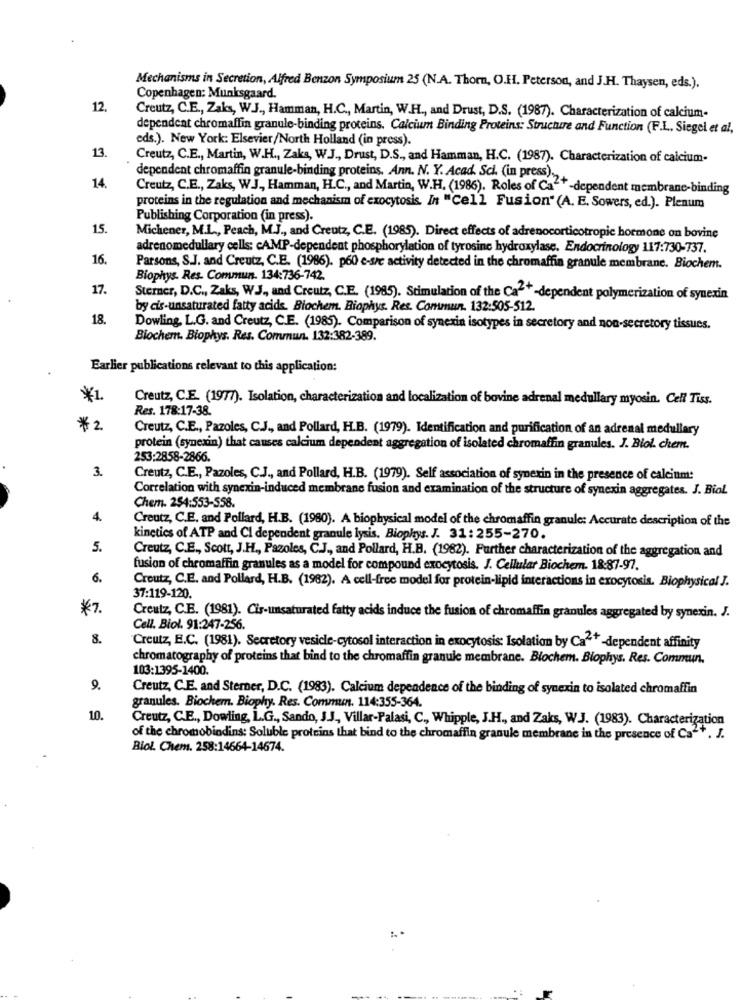
Mechanisms in Secretion, Alfred Benzon Symposium 25 (N.A. Thorn, O.H. Peterson, and J.H. Thaysen, eds.).
Copenhagen: Munksgaard.
12
Creutz, C.E ., Zaks, W.J ., Hamman, H.C ., Martin, W.H ., and Drust, D.S. (1987). Characterization of calcium-
dependent chromaffin granule-binding proteins. Calcium Binding Proteins: Structure and Function (F.L. Siegel et al,
eds.). New York: Elsevier/North Holland (in press).
13
Creutz, C.E ., Martin, W.H ., Zaks, W.J ., Drust, D.S ., and Hamman, H.C. (1987). Characterization of calcium-
dependent chromaffin granule-binding proteins, Ann. N. Y. Acad. Sci. (in press).
14.
Creutz, C.E ., Zaks, W.J ., Hamman, H.C ., and Martin, W.H. (1986). Roles of Ca"+-dependent membrane-binding
proteins in the regulation and mechanism of exocytosis. In "Cell Fusion" (A. E. Sowers, ed.). Plenum
Publishing Corporation (in press).
15.
Michener, M.L ., Peach, M.J ., and Creutz, C.E. (1985). Direct effects of adrenocorticotropic hormone on bovine
adrenomedullary cells: cAMP-dependent phosphorylation of tyrosine hydroxylase. Endocrinology 117:730-737.
16.
Parsons, S.J. and Creutz, C.E. (1986). p60 e-sre activity detected in the chromaffin granule membrane. Biochem.
Biophys. Res. Commun. 134:736-742.
17.
Sterner, D.C ., Zaks, WJ ., and Creutz, C.E. (1985). Stimulation of the Ca"+-dependent polymerization of synexin
by cis-unsaturated fatty acids. Biochem. Biophys. Res. Commun. 132:505-512.
18.
Dowling, L.G. and Creutz, C.E. (1985). Comparison of synexin isotypes in secretory and non-secretory tissues.
Biochem. Biophys. Res. Commun. 132:382-389.
Earlier publications relevant to this application:
¥1
Creutz, C.E. (1977). Isolation, characterization and localization of bovine adrenal medullary myosin. Cell Tiss.
Res. 178:17-38.
*2
Creutz, C.E ., Pazoles, C.J ., and Pollard, H.B. (1979). Identification and purification of an adrenal medullary
protein (synexin) that causes calcium dependent aggregation of isolated chromaffin granules. J. Biol. chem.
253:2858-2866.
3.
Creutz, C.E ., Pazoles, C.J ., and Pollard, H.B. (1979). Self association of synexin in the presence of calcium:
Correlation with synexin-induced membrane fusion and examination of the structure of synexin aggregates. J. Biol
Chem. 254:553-558.
4.
Creutz, C.E. and Pollard, H.B. (1980). A biophysical model of the chromaffin granule: Accurate description of the
kinetics of ATP and Cl dependent granule lysis. Biophys. J. 31:255-270.
5.
Creutz, C.E ., Scott, J.H ., Pazoles, C.J ., and Pollard, H.B. (1982). Further characterization of the aggregation and
fusion of chromaffin granules as a model for compound exocytosis. J. Cellular Biochem. 18:87-97.
6.
Creutz, C.E. and Pollard, H.B. (1982). A cell-free model for protein-lipid interactions in exocytosis. Biophysical J.
37:119-120.
*7.
Creutz, C.E. (1981). Cis-unsaturated fatty acids induce the fusion of chromaffin granules aggregated by synerin. J.
Cell. Biol. 91:247-256.
8.
Creutz, E.C. (1981). Secretory vesicle-cytosol interaction in exocytosis: Isolation by Ca"+ -dependent affinity
chromatography of proteins that bind to the chromaffin granule membrane. Blochem. Biophys. Res. Commun.
103:1395-1400.
9.
Creutz, C.E. and Sterner, D.C. (1983). Calcium dependence of the binding of synexin to isolated chromaffin
granules. Biochem. Biophy. Res. Commun. 114:355-364.
10.
Creutz, C.E ., Dowling, L.G ., Sando, J.J ., Villar-Palasi, C ., Whipple, J.H ., and Zaks, W.J. (1983). Characterization
of the chromobindins: Soluble proteins that bind to the chromaffin granule membrane in the presence of Ca" *. J.
Biol. Chem. 258:14664-14674.